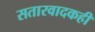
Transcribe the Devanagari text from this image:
सतारवादकही